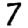
Digit: 7